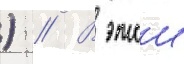
) // В этои